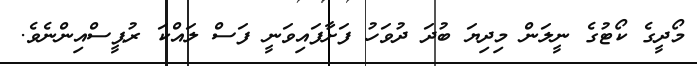
މޯދީގެ ކޯޓުގެ ނީލަން މިދިޔަ ބުދަ ދުވަހު ފަށާފައިވަނީ ފަސް ލައްކަ ރުޕީސްއިންނެވެ.